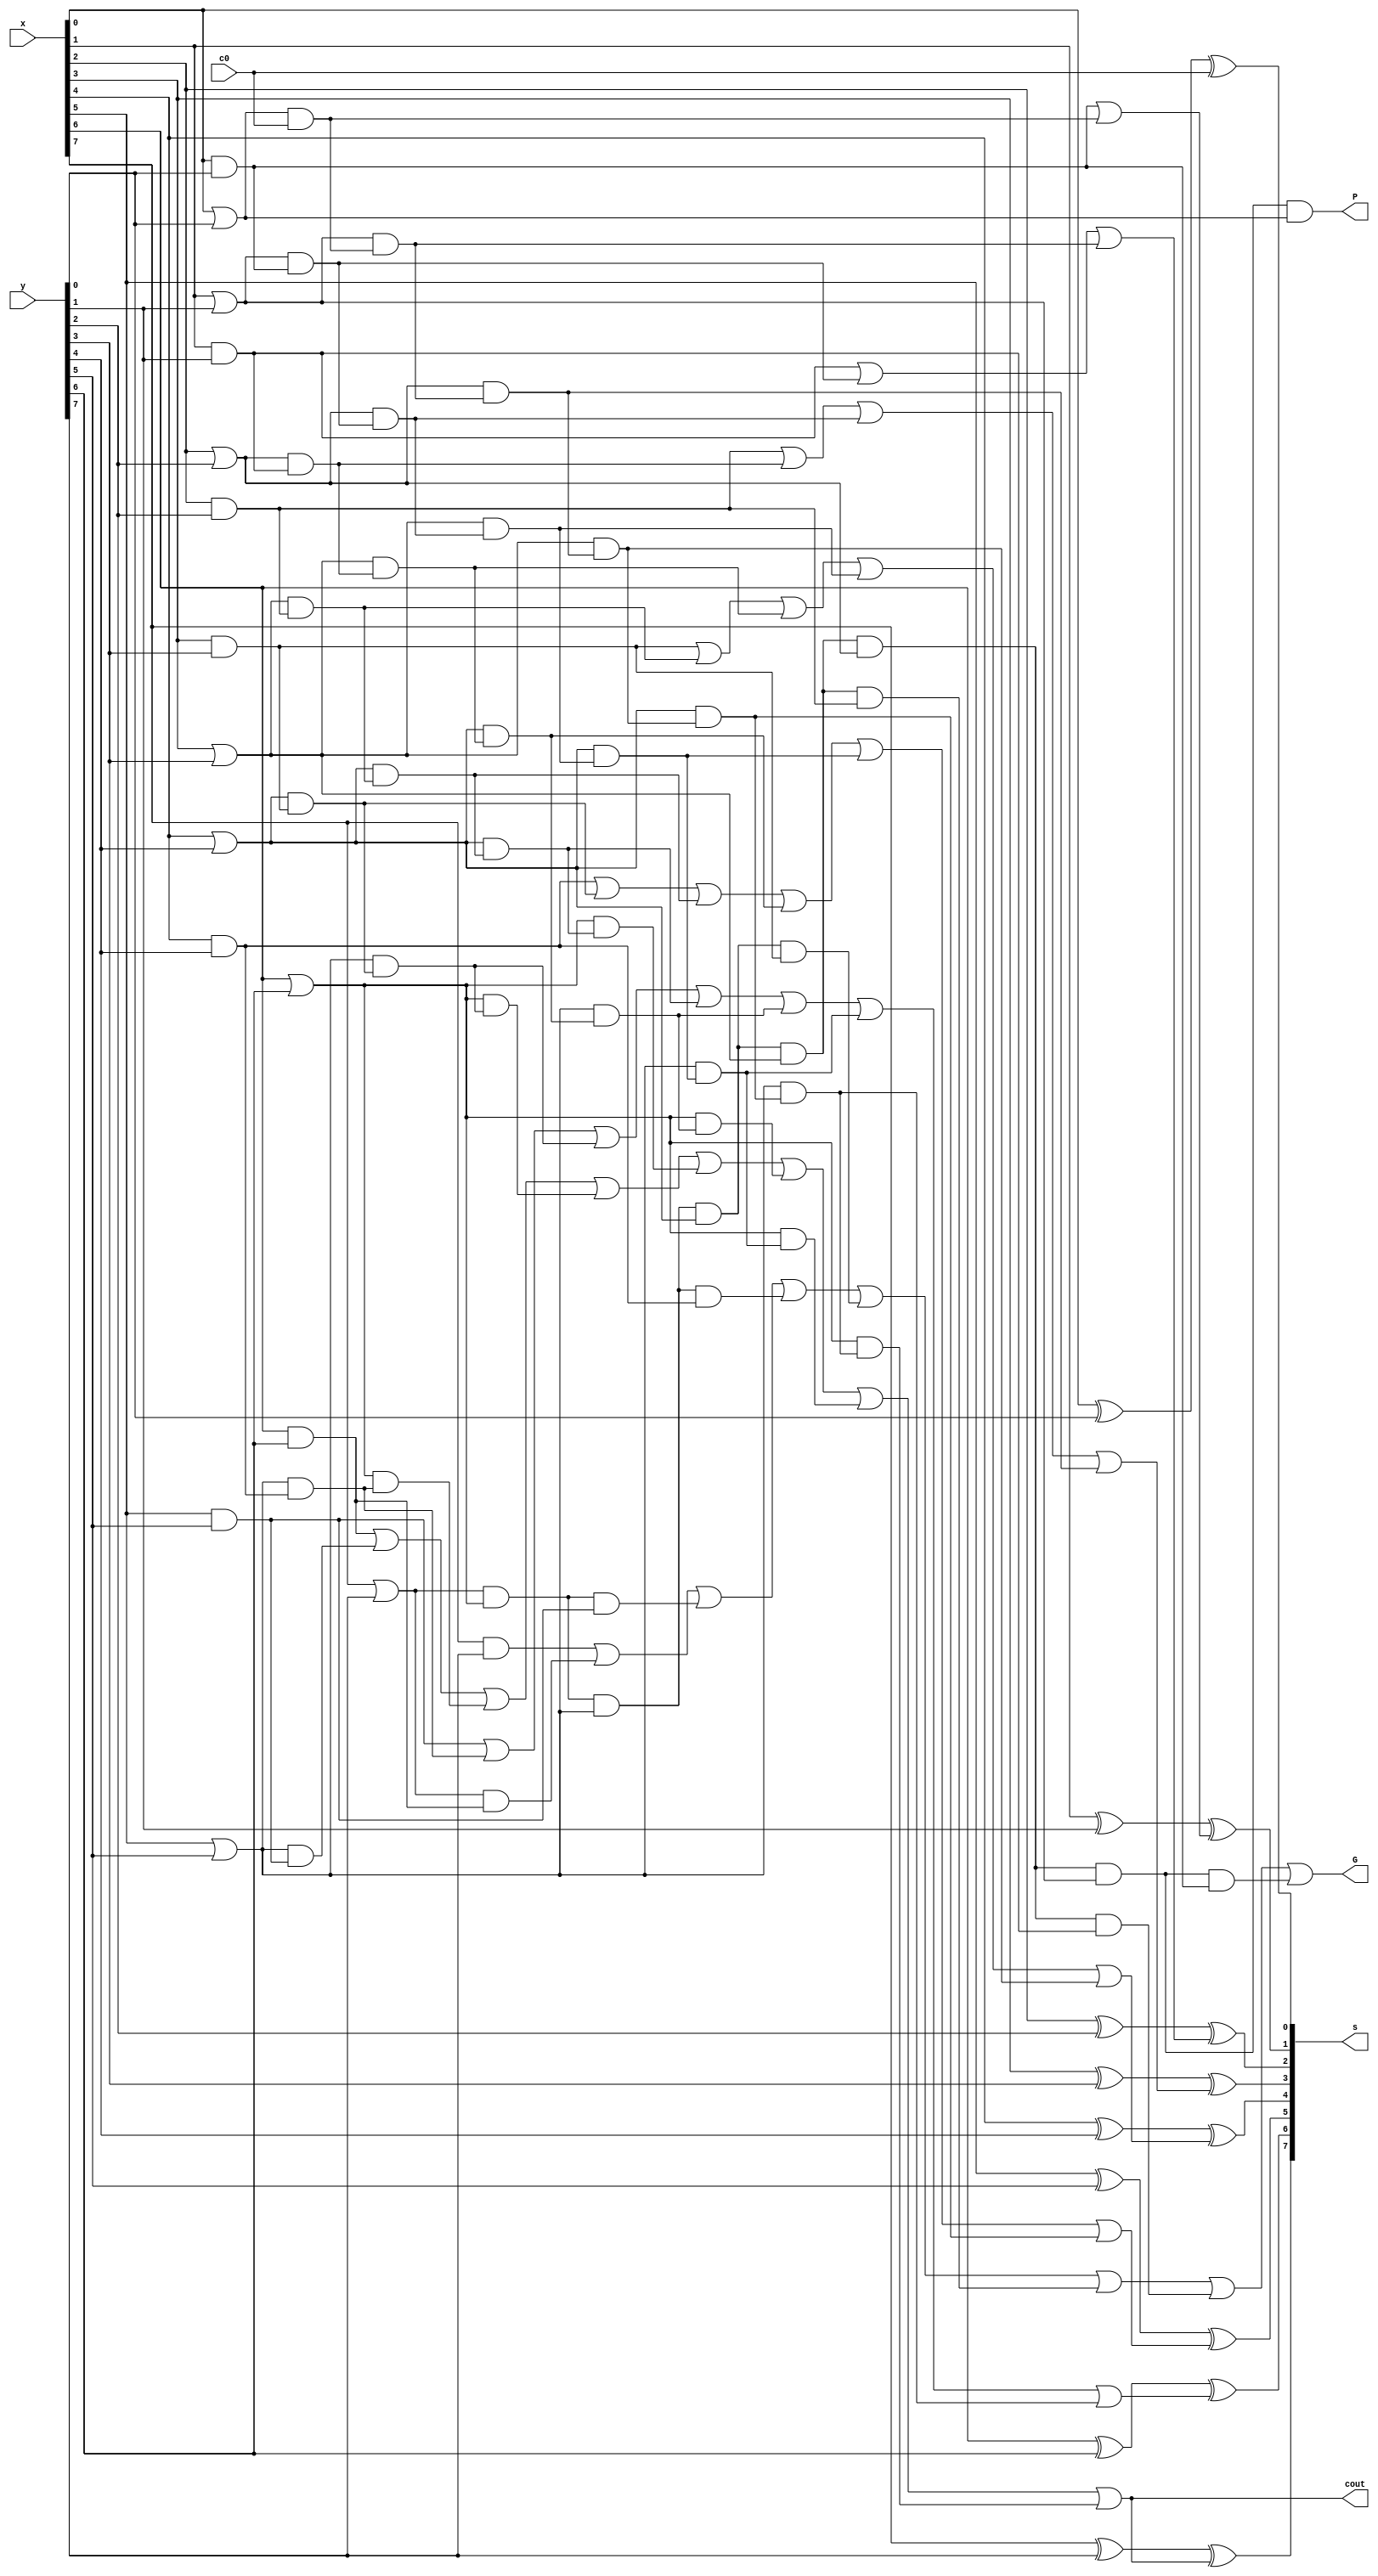
// block for Carry-Lookahead Adders(CLA)

module block(x, y, c0, G, P, s, cout);
	input [7:0] x, y;
	input c0;
	output G, P, cout;
	output [7:0] s;
	
	// getting wires for all outputs
	wire p0, p1, p2, p3, p4, p5, p6, p7;
	wire g0, g1, g2, g3, g4, g5, g6, g7;
	
	wire p7g6, p7p6g5, p7p6p5g4, p7p6p5p4g3, p7p6p5p4p3g2, p7p6p5p4p3p2g1, p7p6p5p4p3p2p1g0;
	wire p0c0;
	wire p1g0, p1p0c0;
	wire p2g1, p2p1g0, p2p1p0c0;
	wire p3g2, p3p2g1, p3p2p1g0, p3p2p1p0c0;
	wire p4g3, p4p3g2, p4p3p2g1, p4p3p2p1g0, p4p3p2p1p0c0;
	wire p5g4, p5p4g3, p5p4p3g2, p5p4p3p2g1, p5p4p3p2p1g0, p5p4p3p2p1p0c0;
	wire p6g5, p6p5g4, p6p5p4g3, p6p5p4p3g2, p6p5p4p3p2g1, p6p5p4p3p2p1g0, p6p5p4p3p2p1p0c0;
	
	wire c1, c2, c3, c4, c5, c6, c7;
	
	// pi = xi + yi
	or or0(p0, x[0], y[0]);
	or or1(p1, x[1], y[1]);
	or or2(p2, x[2], y[2]);
	or or3(p3, x[3], y[3]);
	or or4(p4, x[4], y[4]);
	or or5(p5, x[5], y[5]);
	or or6(p6, x[6], y[6]);
	or or7(p7, x[7], y[7]);
	
	
	// gi = xiyi
	and and0(g0, x[0], y[0]);
	and and1(g1, x[1], y[1]);
	and and2(g2, x[2], y[2]);
	and and3(g3, x[3], y[3]);
	and and4(g4, x[4], y[4]);
	and and5(g5, x[5], y[5]);
	and and6(g6, x[6], y[6]);
	and and7(g7, x[7], y[7]);
	
	// P = p7p6p5p4p3p2p1p0
	and and8(P, p7, p6, p5, p4, p3, p2, p1, p0);
	
	// G = g7 + p7g6 + p7p6g5 + ... + p7p6p5p4p3p2p1g0
	and and9(p7g6, p7, g6);
	and and10(p7p6g5, p7, p6, g5);
	and and11(p7p6p5g4, p7, p6, p5, g4);
	and and12(p7p6p5p4g3, p7, p6, p5, p4, g3);
	and and13(p7p6p5p4p3g2, p7, p6, p5, p4, p3, g2);
	and and14(p7p6p5p4p3p2g1, p7, p6, p5, p4, p3, p2, g1);
	and and15(p7p6p5p4p3p2p1g0, p7, p6, p5, p4, p3, p2, p1, g0);
	or or8(G, g7, p7g6, p7p6g5, p7p6p5g4, p7p6p5p4g3, p7p6p5p4p3g2, p7p6p5p4p3p2g1, p7p6p5p4p3p2p1g0);
	
	// and gates for <pici> part
	// from c1
	and and16(p0c0, p0, c0);
	
	// from c2
	and and17(p1g0, p1, g0);
	and and18(p1p0c0, p1, p0c0);
	
	// from c3
	and and19(p2g1, p2, g1);
	and and20(p2p1g0, p2, p1g0);
	and and21(p2p1p0c0, p2, p1p0c0);
	
	// from c4
	and and22(p3g2, p3, g2);
	and and23(p3p2g1, p3, p2g1);
	and and24(p3p2p1g0, p3, p2p1g0);
	and and25(p3p2p1p0c0, p3, p2p1p0c0);
	
	// from c5
	and and26(p4g3, p4, g3);
	and and27(p4p3g2, p4, p3g2);
	and and28(p4p3p2g1, p4, p3p2g1);
	and and29(p4p3p2p1g0, p4, p3p2p1g0);
	and and30(p4p3p2p1p0c0, p4, p3p2p1p0c0);
	
	// from c6
	and and31(p5g4, p5, g4);
	and and32(p5p4g3, p5, p4g3);
	and and33(p5p4p3g2, p4, p4p3g2);
	and and34(p5p4p3p2g1, p5, p4p3p2g1);
	and and35(p5p4p3p2p1g0, p5, p4p3p2p1g0);
	and and36(p5p4p3p2p1p0c0, p5, p4p3p2p1p0c0);
	
	// from c7
	and and37(p6g5, p5, g5);
	and and38(p6p5g4, p6, p5g4);
	and and39(p6p5p4g3, p6, p5p4g3);
	and and40(p6p5p4p3g2, p6, p5p4p3g2);
	and and41(p6p5p4p3p2g1, p6, p5p4p3p2g1);
	and and42(p6p5p4p3p2p1g0, p6, p5p4p3p2p1g0);
	and and43(p6p5p4p3p2p1p0c0, p6, p5p4p3p2p1p0c0);
	
	// ci+1 = gi + pici
	or or9(c1, g0, p0c0);
	or or10(c2, g1, p1g0, p1p0c0);
	or or11(c3, g2, p2g1, p2p1g0, p2p1p0c0);
	or or12(c4, g3, p3g2, p3p2g1, p3p2p1g0, p3p2p1p0c0);
	or or13(c5, g4, p4g3, p4p3g2, p4p3p2g1, p4p3p2p1g0, p4p3p2p1p0c0);
	or or14(c6, g5, p5g4, p5p4g3, p5p4p3g2, p5p4p3p2g1, p5p4p3p2p1g0, p5p4p3p2p1p0c0);
	or or15(c7, g6, p6g5, p6p5g4, p6p5p4g3, p6p5p4p3g2, p6p5p4p3p2g1, p6p5p4p3p2p1g0, p6p5p4p3p2p1p0c0);
	assign cout = c7;
	
	// sum throught xor gate
	xor xor1(s[0], x[0], y[0], c0);
	//xor xor10(s[0], w[0], c0); // making separate xor
	xor xor2(s[1], x[1], y[1], c1);
	xor xor3(s[2], x[2], y[2], c2);
	xor xor4(s[3], x[3], y[3], c3);
	xor xor5(s[4], x[4], y[4], c4);
	xor xor6(s[5], x[5], y[5], c5);
	xor xor7(s[6], x[6], y[6], c6);
	xor xor8(s[7], x[7], y[7], c7);
	
	
	
endmodule